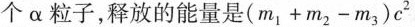
个α粒子，释放的能量是$$（ m_{1} + m_{2} - m_{3} ） c^{2}$$